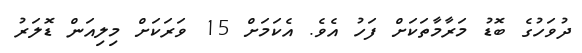
ދުވަހުގެ ބޮޑު މަރާމާތަކަށް ފަހު އެވެ. އެކަަމަށް 15 ވަަރަކަށް މިލިއަން ޑޮލަރު